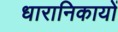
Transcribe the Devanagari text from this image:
धारानिकायों